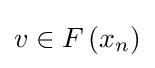
v\in F\left(x_{n}\right)